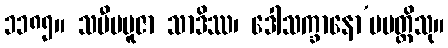
၁၁၈၅။ သမီပပူဇာ သာဒိဿ၊ ဒေါသက္ခာနော’ပပတ္တိသု။